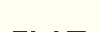
ғыл